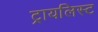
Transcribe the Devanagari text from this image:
ट्रायलिस्ट